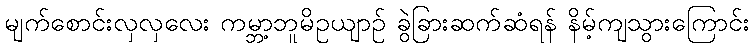
မျက်စောင်းလှလှလေး ကမ္ဘာ့ဘူမိဥယျာဉ် ခွဲခြားဆက်ဆံရန် နိမ့်ကျသွားကြောင်း